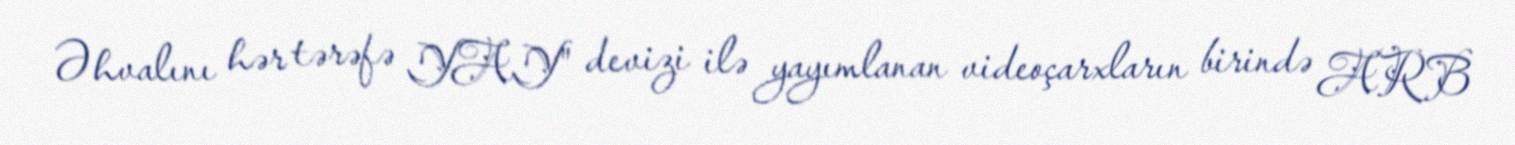
Əhvalını hər tərəfə YAY" devizi ilə yayımlanan videoçarxların birində ARB